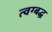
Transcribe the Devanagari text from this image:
त्वग्बद्ध